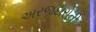
અરજદારોની